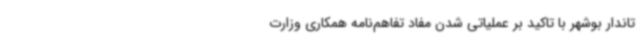
تاندار بوشهر با تاکید بر عملیاتی‌ شدن مفاد تفاهم‌نامه همکاری وزارت